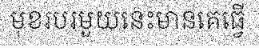
មុខរបរមួយនេះមានគេធ្វើ